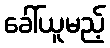
ခေါ်ယူမည့်